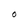
Character: O